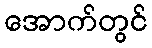
အောက်တွင်